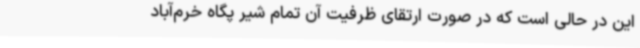
این در حالی است که در صورت ارتقای ظرفیت آن تمام شیر پگاه خرم‌آباد